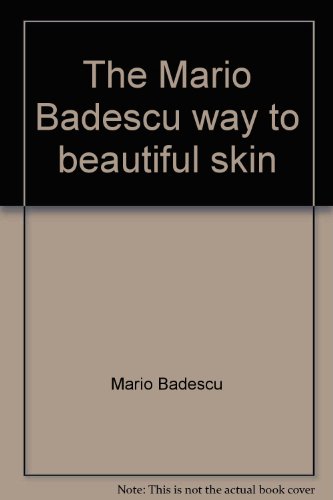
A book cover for The Mario Badescu way to beautiful skin: How to have radiant, healthy skin using the techniques and all-natural formulas of one of America's leading skin care specialists; Mario Badescu; Health, Fitness & Dieting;